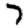
Digit: 7